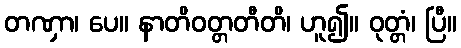
တဏှာ၊ ပေ။ နာတိဝတ္တတီတိ၊ ဟူ၍။ ဝုတ္တံ၊ ပြီ။